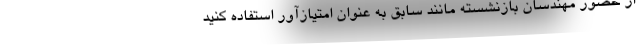
از حضور مهندسان بازنشسته مانند سابق به عنوان امتیازآور استفاده کنید